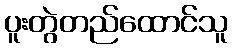
ပူးတွဲတည်ထောင်သူ